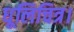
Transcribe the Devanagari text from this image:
धूलिचित्र।